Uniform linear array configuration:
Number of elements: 64
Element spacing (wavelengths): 0.5
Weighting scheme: exponential
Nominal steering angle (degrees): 30
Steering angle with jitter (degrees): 28.304
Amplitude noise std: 0.05
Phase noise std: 0.05

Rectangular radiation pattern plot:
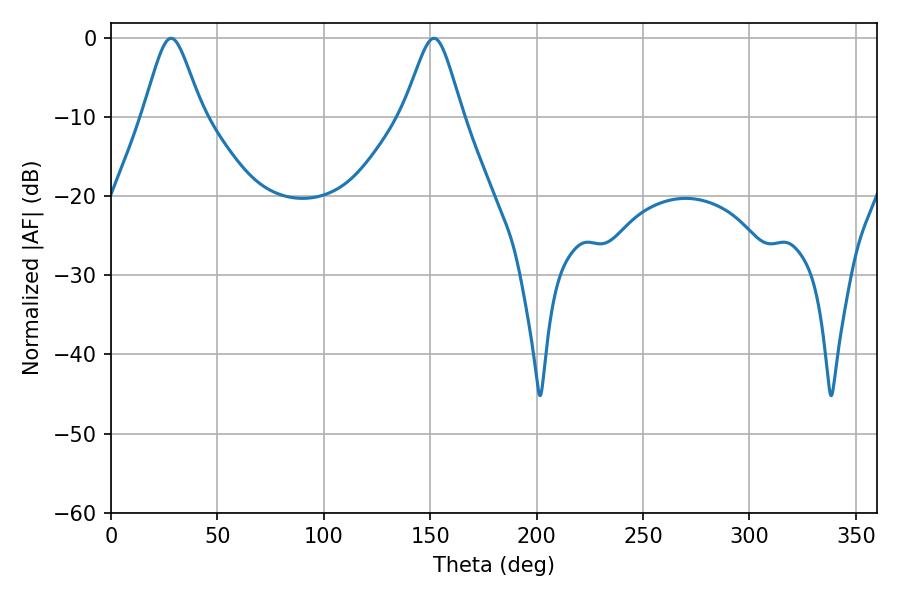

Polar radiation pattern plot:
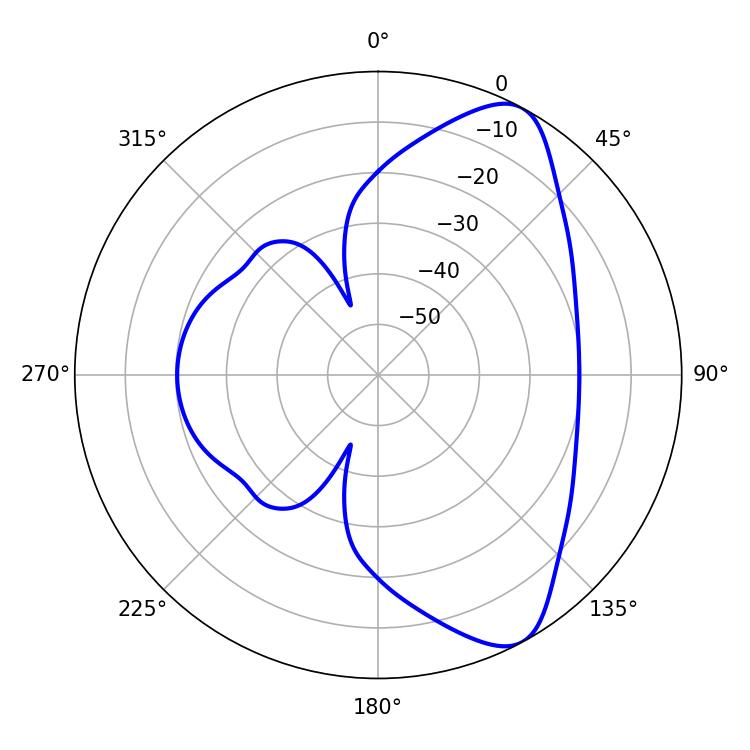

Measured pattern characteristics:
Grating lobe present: FALSE
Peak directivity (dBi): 8.441
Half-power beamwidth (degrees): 13.32
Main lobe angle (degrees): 28.26